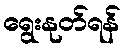
ရွေးနုတ်ရန်